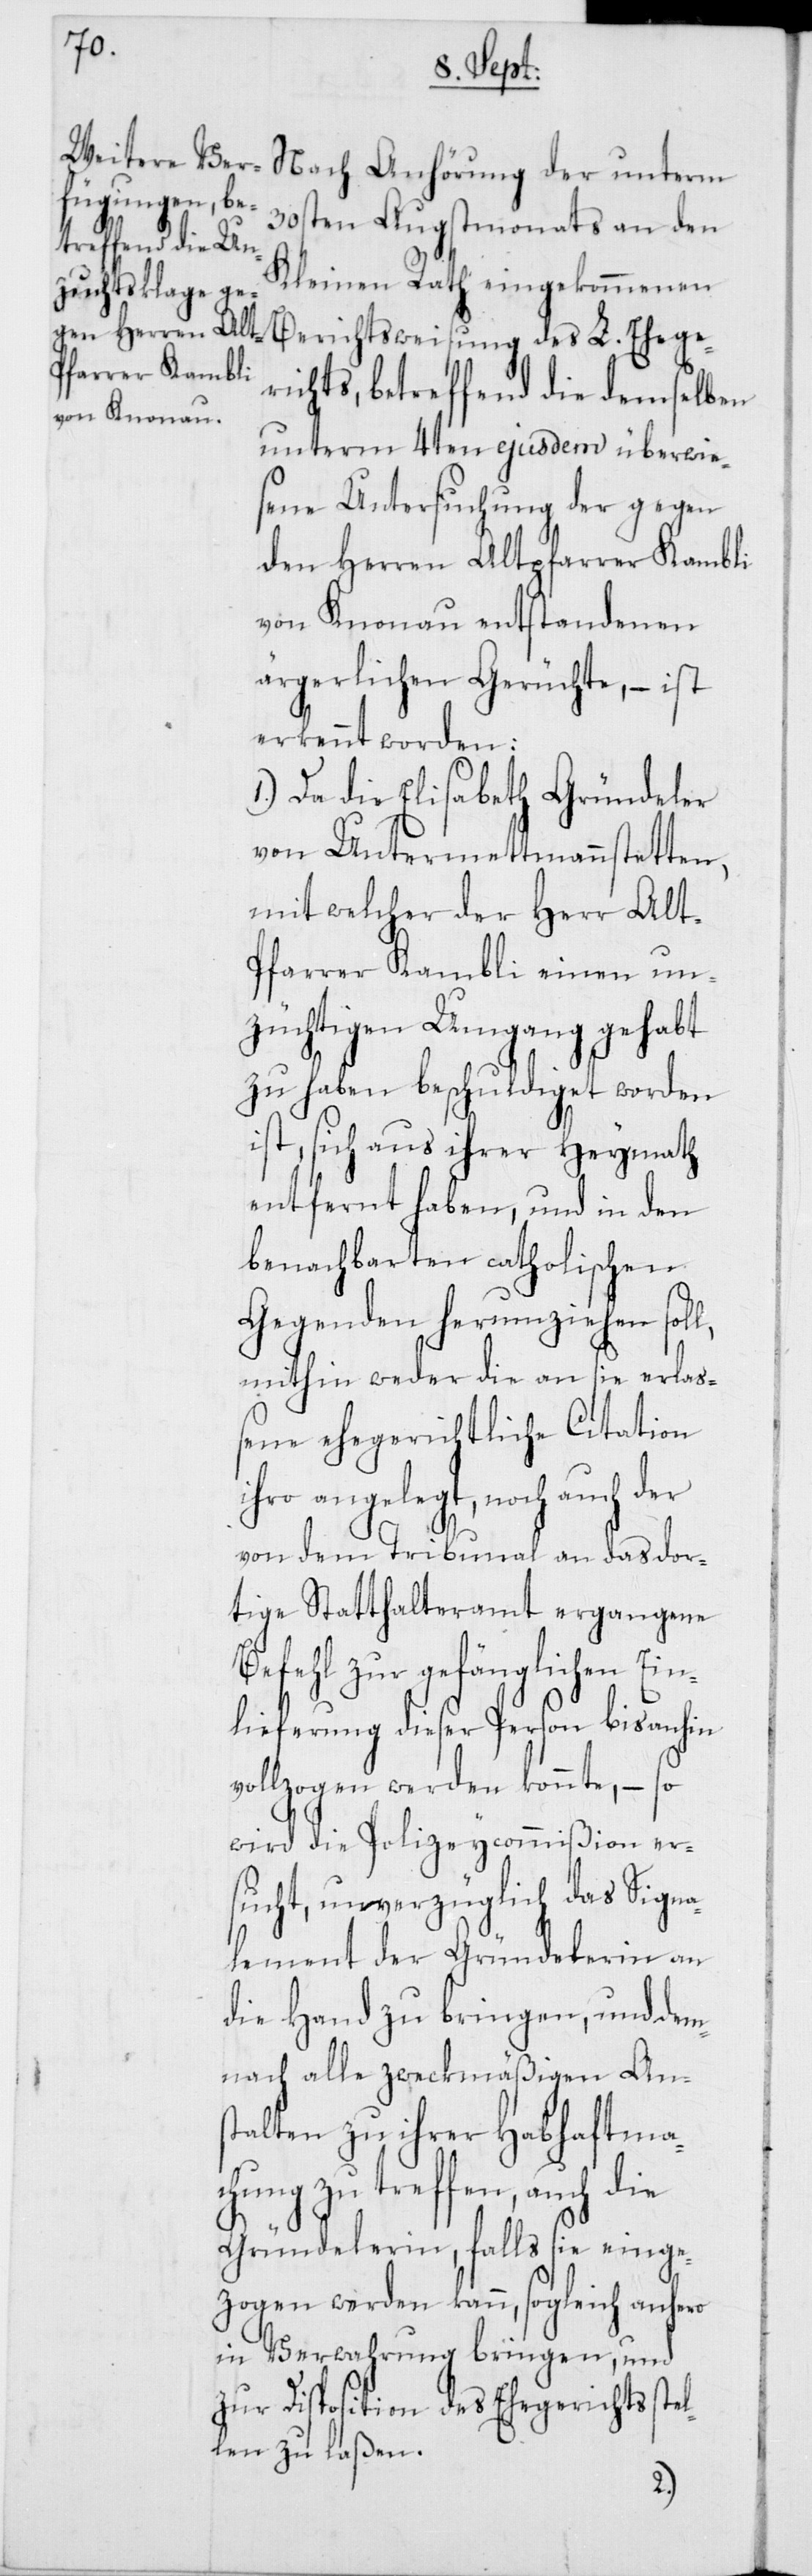
Nach Anhörung der unterm
30sten Augstmonats an den
Kleinen Rath eingekommenen
Berichtsweisung des L. Ehege¬
richts, betreffend die demselben
unterm 4ten ejusdem überwie¬
sene Untersuchung der gegen
den Herren Altpfarrer Kambli
von Knonau entstandenen
ärgerlichen Gerüchte, – ist
erkennt worden:
1. Da die Elisabeth Gründeler
von Untermettmannstetten,
mit welcher der Herr Alt-P¬
farrer Kambli einen un¬
züchtigen Umgang gehabt
zu haben beschuldiget worden
ist, sich aus ihrer Heymath
entfernt haben, und in den
benachbarten catholischen
Gegenden herumziehen sol¬
mithin weder die an sie erlaß¬
ene ehegerichtliche Citation
ihro angelegt, noch auch der
von dem Tribunal an das dor¬
tige Statthalteramt ergangene
Befehl zur gefänglichen Ei¬
nlieferung dieser Person bis anhin
vollzogen werden konnte, – so
wird die Polizeycommißion er¬
sucht, unverzüglich das Signa¬
lement der Gründelerin an
die Hand zu bringen, und dem¬
nach alle zweckmäßigen Ans¬
talten zu ihrer Habhaftma¬
chung zu treffen, auch die
Gründelerin, falls sie einge¬
zogen werden kann, sogleich anhero
in Verwahrung bringen, und
zur Disposition des Ehergerichts st¬
ellen zu laßen.
l,